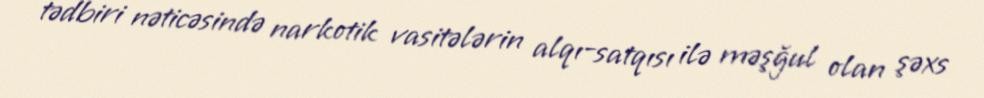
tədbiri nəticəsində narkotik vasitələrin alqı-satqısı ilə məşğul olan şəxs